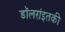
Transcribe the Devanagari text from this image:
डॉलरांइतकी